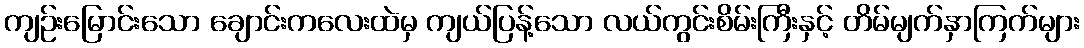
ကျဉ်းမြောင်းသော ချောင်းကလေးထဲမှ ကျယ်ပြန့်သော လယ်ကွင်းစိမ်းကြီးနှင့် တိမ်မျက်နှာကြက်များ